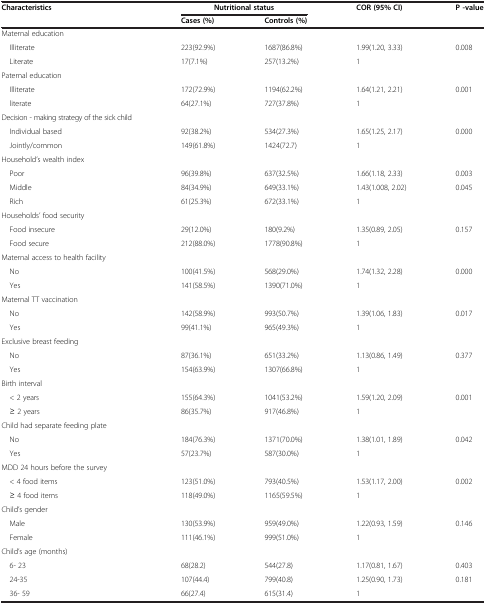
<table><thead><tr><td><b>Characteristics</b></td><td><b>Nutritional status</b></td><td><b> </b></td><td><b>COR (95% CI)</b></td><td><b>P -value</b></td></tr><tr><td><b> </b></td><td><b>Cases (%)</b></td><td><b>Controls (%)</b></td><td><b> </b></td><td><b> </b></td></tr></thead><tbody><tr><td>Maternal education</td><td> </td><td> </td><td> </td><td> </td></tr><tr><td> Illiterate</td><td>223(92.9%)</td><td>1687(86.8%)</td><td>1.99(1.20, 3.33)</td><td>0.008</td></tr><tr><td> Literate</td><td>17(7.1%)</td><td>257(13.2%)</td><td>1</td><td> </td></tr><tr><td>Paternal education</td><td> </td><td> </td><td> </td><td> </td></tr><tr><td> Illiterate</td><td>172(72.9%)</td><td>1194(62.2%)</td><td>1.64(1.21, 2.21)</td><td>0.001</td></tr><tr><td> literate</td><td>64(27.1%)</td><td>727(37.8%)</td><td>1</td><td> </td></tr><tr><td>Decision - making strategy of the sick child</td><td> </td><td> </td><td> </td><td> </td></tr><tr><td> Individual based</td><td>92(38.2%)</td><td>534(27.3%)</td><td>1.65(1.25, 2.17)</td><td>0.000</td></tr><tr><td> Jointly/common</td><td>149(61.8%)</td><td>1424(72.7)</td><td>1</td><td> </td></tr><tr><td>Household’s wealth index</td><td> </td><td> </td><td> </td><td> </td></tr><tr><td> Poor</td><td>96(39.8%)</td><td>637(32.5%)</td><td>1.66(1.18, 2.33)</td><td>0.003</td></tr><tr><td> Middle</td><td>84(34.9%)</td><td>649(33.1%)</td><td>1.43(1.008, 2.02)</td><td>0.045</td></tr><tr><td> Rich</td><td>61(25.3%)</td><td>672(33.1%)</td><td>1</td><td> </td></tr><tr><td>Households’ food security</td><td> </td><td> </td><td> </td><td> </td></tr><tr><td> Food insecure</td><td>29(12.0%)</td><td>180(9.2%)</td><td>1.35(0.89, 2.05)</td><td>0.157</td></tr><tr><td> Food secure</td><td>212(88.0%)</td><td>1778(90.8%)</td><td>1</td><td> </td></tr><tr><td>Maternal access to health facility</td><td> </td><td> </td><td> </td><td> </td></tr><tr><td> No</td><td>100(41.5%)</td><td>568(29.0%)</td><td>1.74(1.32, 2.28)</td><td>0.000</td></tr><tr><td> Yes</td><td>141(58.5%)</td><td>1390(71.0%)</td><td>1</td><td> </td></tr><tr><td>Maternal TT vaccination</td><td> </td><td> </td><td> </td><td> </td></tr><tr><td> No</td><td>142(58.9%)</td><td>993(50.7%)</td><td>1.39(1.06, 1.83)</td><td>0.017</td></tr><tr><td> Yes</td><td>99(41.1%)</td><td>965(49.3%)</td><td>1</td><td> </td></tr><tr><td>Exclusive breast feeding</td><td> </td><td> </td><td> </td><td> </td></tr><tr><td> No</td><td>87(36.1%)</td><td>651(33.2%)</td><td>1.13(0.86, 1.49)</td><td>0.377</td></tr><tr><td> Yes</td><td>154(63.9%)</td><td>1307(66.8%)</td><td>1</td><td> </td></tr><tr><td>Birth interval</td><td> </td><td> </td><td> </td><td> </td></tr><tr><td> &lt; 2 years</td><td>155(64.3%)</td><td>1041(53.2%)</td><td>1.59(1.20, 2.09)</td><td>0.001</td></tr><tr><td> ≥ 2 years</td><td>86(35.7%)</td><td>917(46.8%)</td><td>1</td><td> </td></tr><tr><td>Child had separate feeding plate</td><td> </td><td> </td><td> </td><td> </td></tr><tr><td> No</td><td>184(76.3%)</td><td>1371(70.0%)</td><td>1.38(1.01, 1.89)</td><td>0.042</td></tr><tr><td> Yes</td><td>57(23.7%)</td><td>587(30.0%)</td><td>1</td><td> </td></tr><tr><td>MDD 24 hours before the survey</td><td> </td><td> </td><td> </td><td> </td></tr><tr><td> &lt; 4 food items</td><td>123(51.0%)</td><td>793(40.5%)</td><td>1.53(1.17, 2.00)</td><td>0.002</td></tr><tr><td> ≥ 4 food items</td><td>118(49.0%)</td><td>1165(59.5%)</td><td>1</td><td> </td></tr><tr><td>Child’s gender</td><td> </td><td> </td><td> </td><td> </td></tr><tr><td> Male</td><td>130(53.9%)</td><td>959(49.0%)</td><td>1.22(0.93, 1.59)</td><td>0.146</td></tr><tr><td> Female</td><td>111(46.1%)</td><td>999(51.0%)</td><td>1</td><td> </td></tr><tr><td>Child’s age (months)</td><td> </td><td> </td><td> </td><td> </td></tr><tr><td> 6- 23</td><td>68(28.2)</td><td>544(27.8)</td><td>1.17(0.81, 1.67)</td><td>0.403</td></tr><tr><td> 24-35</td><td>107(44.4)</td><td>799(40.8)</td><td>1.25(0.90, 1.73)</td><td>0.181</td></tr><tr><td> 36- 59</td><td>66(27.4)</td><td>615(31.4)</td><td>1</td><td> </td></tr></tbody></table>